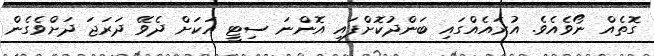
ގޮތެއް ނޯވެއެވެ. އުރައެއްގައި ބަންދުކޮށްފައި އޮންނަ ސިޓީ އަކަށް ދެވޭ ދަރަޖަ ދަށްވެގެން